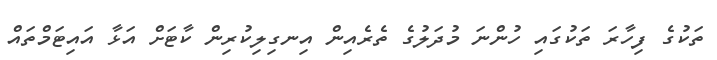
ތަކުގެ ފިހާރަ ތަކުގައި ހުންނަ މުދަލުގެ ތެރެއިން އިނގިލިކުރިން ކާޓަށް އަޅާ އައިޓަމްތައް